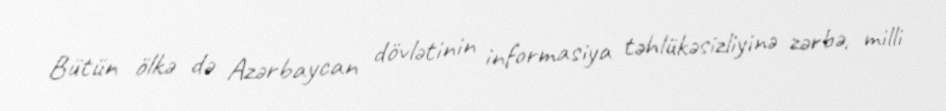
Bütün ölkə də Azərbaycan dövlətinin informasiya təhlükəsizliyinə zərbə, milli